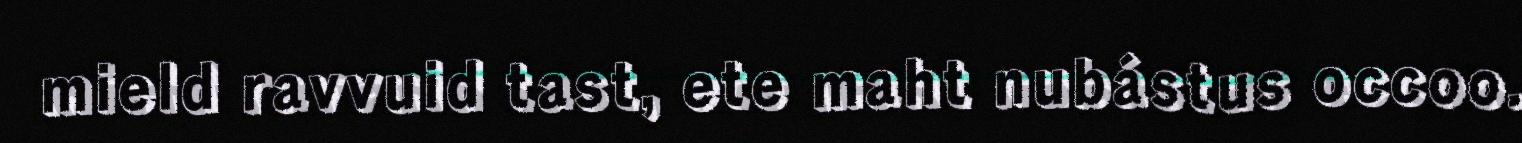
mield ravvuid tast, ete maht nubástus occoo.